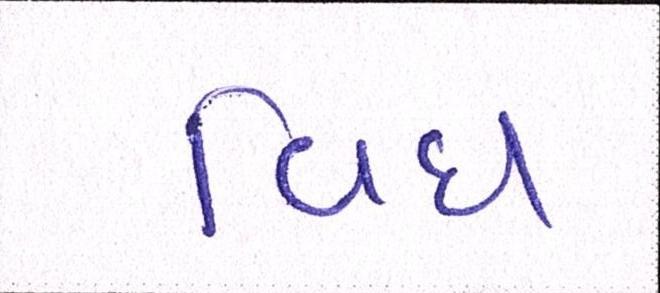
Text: વિધ